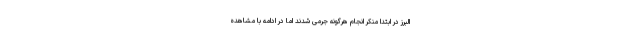
البرز در ابتدا منکر انجام هرگونه جرمی شدند اما در ادامه با مشاهده